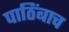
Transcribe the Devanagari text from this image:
पाठिंबाच